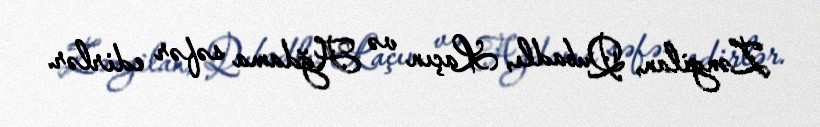
Zəngilan, Qubadlı, Laçın və Ağdama səfər edirlər.